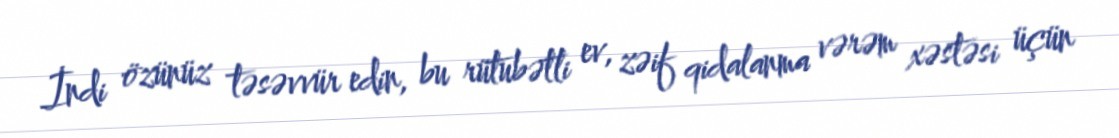
İndi özünüz təsəvvür edin, bu rütubətli ev, zəif qidalanma vərəm xəstəsi üçün